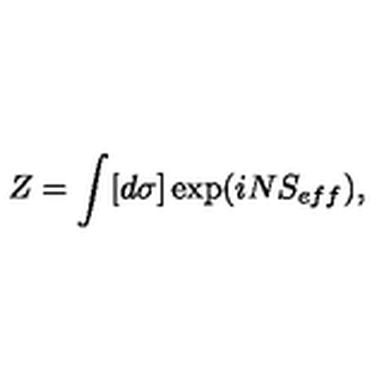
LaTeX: Z = \int [ d \sigma ] \exp ( i N S _ { e f f } ) ,